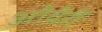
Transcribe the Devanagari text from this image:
ओवेर्री